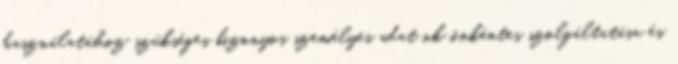
használatához szükséges bizonyos személyes adat ok önkéntes szolgáltatása és